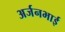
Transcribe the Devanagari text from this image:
अर्जनभाई